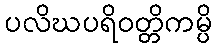
ပလိဃပရိဝတ္တိကမ္ပိ